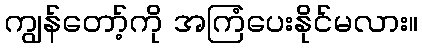
ကျွန်တော့်ကို အကြံပေးနိုင်မလား။